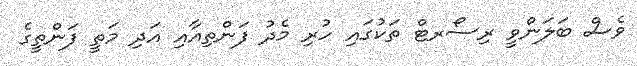
ވެސް ބަލަންވީ ރިސޯރޓް ތަކުގައި ހުރި މެދު ފަންތިއާއި އަދި މަތީ ފަންތީގެ